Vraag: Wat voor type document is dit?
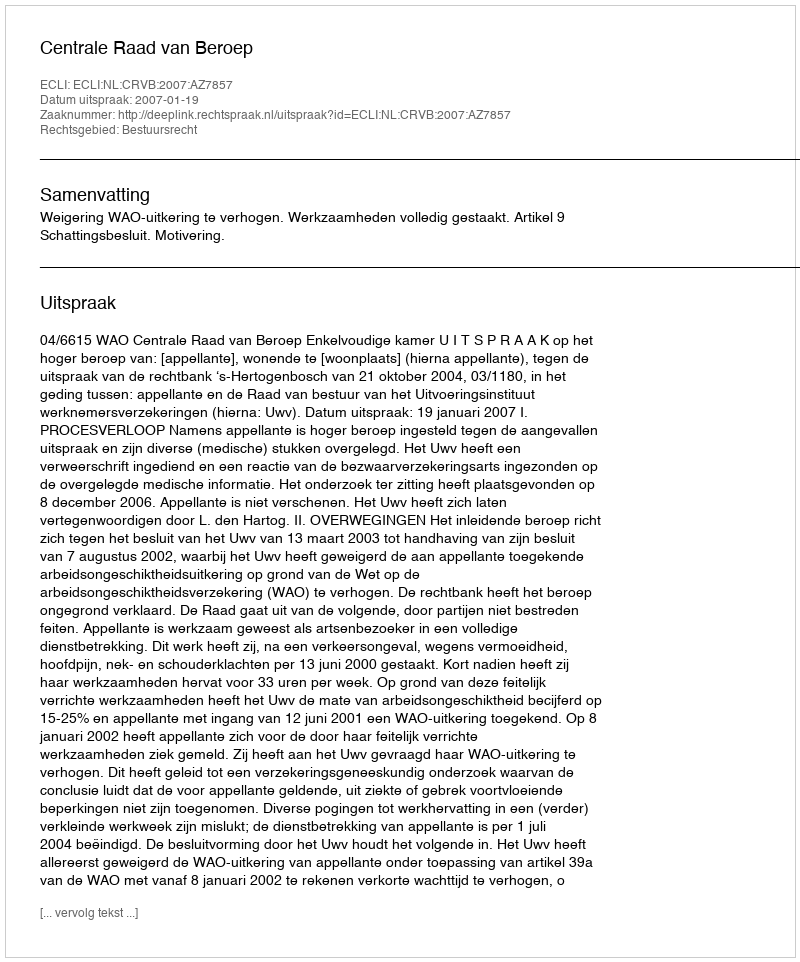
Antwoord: Uitspraak